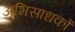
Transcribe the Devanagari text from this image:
अभिसाधकों